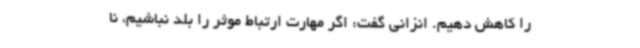
را کاهش دهیم. انزانی گفت: اگر مهارت ارتباط موثر را بلد نباشیم، نا